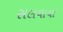
સલવાયા